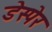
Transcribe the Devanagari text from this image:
डेस्पेर